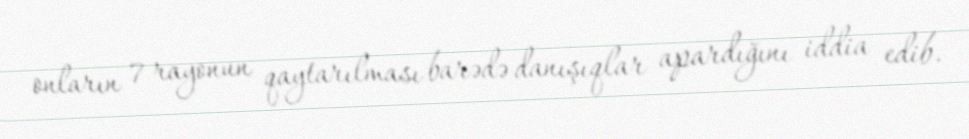
onların 7 rayonun qaytarılması barədə danışıqlar apardığını iddia edib.